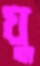
ঘু